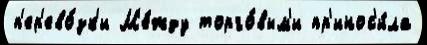
п'ер'ево́зк'и М'е́жду торго́вым'и пр'инос'и́ла